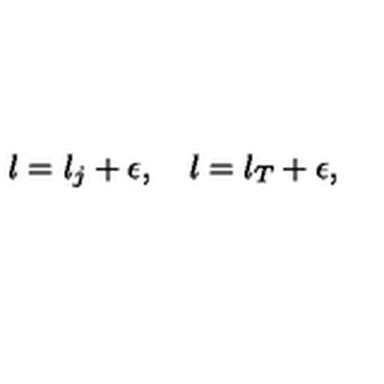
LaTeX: l = l _ { j } + \epsilon , \quad l = l _ { T } + \epsilon ,